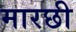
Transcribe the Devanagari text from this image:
मारछी